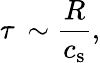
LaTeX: \tau\, \sim{\frac{R}{c_{\mathrm{s}}}},